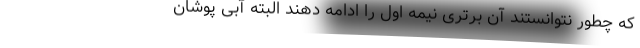
که چطور نتوانستند آن برتری نیمه اول را ادامه دهند البته آبی پوشان